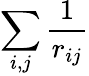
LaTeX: \sum_{i,j}\frac{1}{r_{ij}}